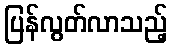
ပြန်လွတ်လာသည့်